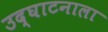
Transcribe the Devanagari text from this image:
उद्‌घाटनाला